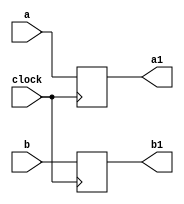

module delay(a,b,a1,b1,clock);

parameter n = 31;

input [n:0] a,b;
input clock;
output [n:0] a1,b1;
reg [n:0] a1,b1;

//Delay block is just used as a regester to hold the a,and b for a clock cycle.
//Posedge is preferred for FPGA programming.(reason given in PE.v)

always @(posedge clock)
begin
	a1 <= a;
	b1 <= b;
end

endmodule